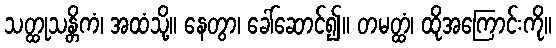
သတ္ထုသန္တိကံ၊ အထံသို့။ နေတွာ၊ ခေါ်ဆောင်၍။ တမတ္ထံ၊ ထိုအကြောင်းကို။